Rangoon Lunatic Asylum 1878-1892 - 1878-1892
Year: 1878
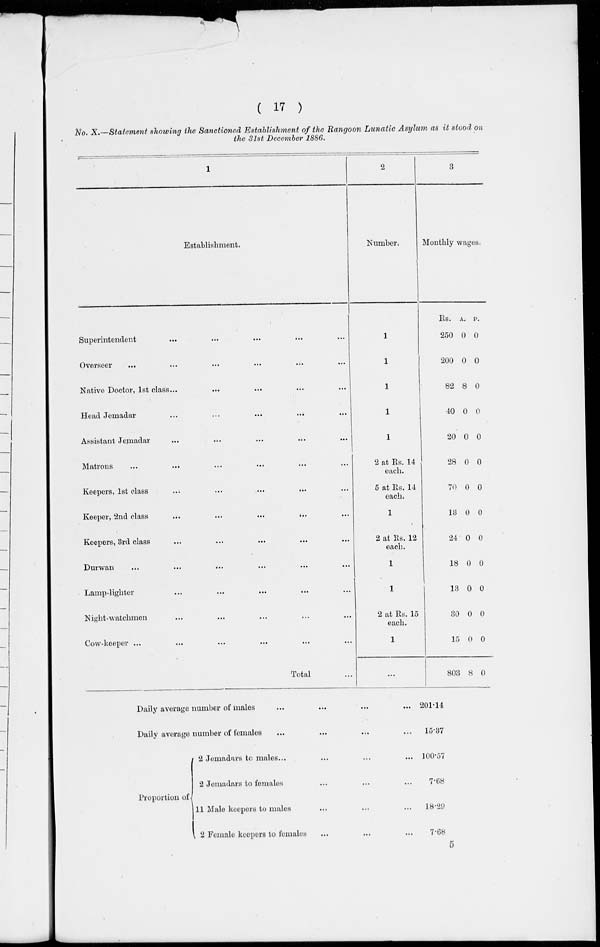
( 17 )
No. X.—Statement showing the Sanctioned Establishment of the Rangoon Lunatic Asylum as it stood on
the 31st December 1886.
1
Establishment.
Superintendent
...
...
...
...
...
Overseer
...
...
...
...
...
Native Doctor, 1st class...
...
...
...
Head Jemadar
...
...
...
...
...
Assistant Jemadar
...
...
...
...
...
Matrons
...
...
...
...
...
Keepers, 1st class
...
...
...
...
...
Keeper, 2nd class
...
...
...
...
...
Keepers, 3rd class ... ... ... ... ...
Durwan
...
...
...
...
...
Lamp-lighter
...
...
...
...
...
Night-watchmen ... ... ... ... ...
Cow-keeper ... ... ... ... ...
Total ...
2
Number.
1
1
1
1
1
2 at Rs. 14
each.
5 at Rs. 14
each.
1
2 at Rs. 12
each.
1
1
2 at Rs. 15
each.
1
...
3
Monthly wages.
Rs.
250
200
82
40
20
28
70
13
24
18
13
30
15
803
A.
0
0
8
0
0
0
0
0
0
0
0
0
0
8
P.
0
0
0
0
0
0
0
0
0
0
0
0
0
0
Daily average number of males ... ...
Daily average number of females ... ...
Proportion of
2 Jemadars to males... ...
2 Jemadars to females... ...
11 Male keepers to males...
2 Female keepers to females...
201.14
15.37
100.57
7.68
18.29
7.68
5